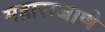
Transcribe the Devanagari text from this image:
महाराजाणे